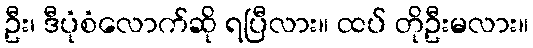
ဦး၊ ဒီပုံစံလောက်ဆို ရပြီလား။ ထပ် တိုဦးမလား။